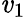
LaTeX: \mathit{v}_{1}